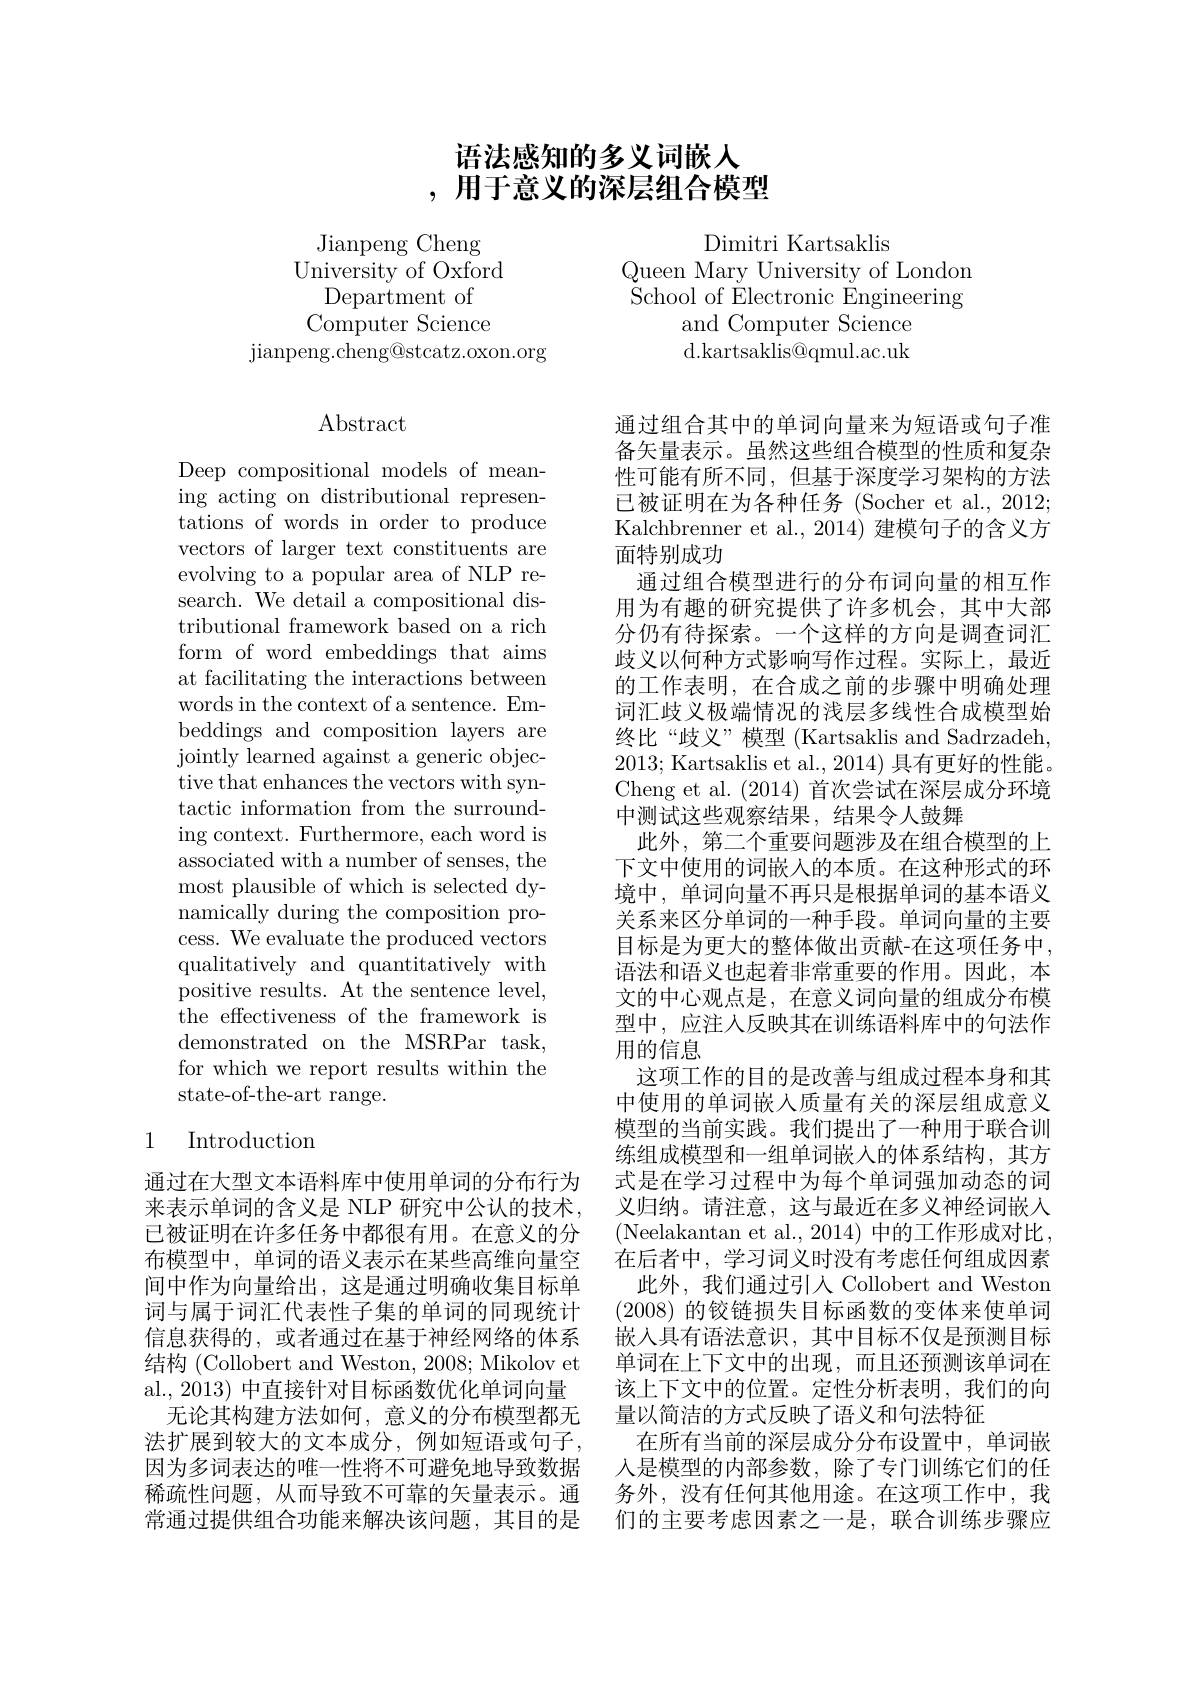
# 语法感知的多义词嵌人,用于意义的深层组合模型

Jianpeng Cheng
University of Oxford
Department of Computer Science
jianpeng. cheng@ stcatz. oxon. org

## $\operatorname{Abstract}$

Deep compositional models of meaning acting on distributional representations of words in order to produce vectors of larger text constituents are evolving to a popular area of NLP research. We detail a compositional distributional framework based on a rich form of word embeddings that aims at facilitating the interactions between words in the context of a sentence. Embeddings and composition layers are jointly learned against a generic objective that enhances the vectors with syntactic information from the surrounding context. Furthermore, each word is associated with a number of senses, the most plausible of which is selected dynamically during the composition process. We evaluate the produced vectors qualitatively and quantitatively with positive results. At the sentence level, the effectiveness of the framework is demonstrated on the MSRPar task, for which we report results within the state-of-the-art range.

## 1 Introduction

通过在大型文本语料库中使用单词的分布行为来表示单词的含义是 NLP 研究中公认的技术， 已被证明在许多任务中都很有用。在意义的分布模型中，单词的语义表示在某些高维向量空间中作为向量给出，这是通过明确收集目标单词与属于词汇代表性子集的单词的同现统计信息获得的，或者通过在基于神经网络的体系结构 (Collobert and Weston, 2008; Mikolov et al., 2013) 中直接针对目标函数优化单词向量
无论其构建方法如何，意义的分布模型都无法扩展到较大的文本成分，例如短语或句子， 因为多词表达的唯一性将不可避免地导致数据稀疏性问题，从而导致不可靠的矢量表示。通常通过提供组合功能来解决该问题，其目的是

Dimitri Kartsaklis

Queen Mary University of London ${\mathrm{~\tilde{S}chool~of~\tilde{E}lectronic~\tilde{E}ngineering}}$
and Computer Science d.kartsaklis@qmul.ac.uk

通过组合其中的单词向量来为短语或句子准备矢量表示。虽然这些组合模型的性质和复杂性可能有所不同，但基于深度学习架构的方法已被证明在为各种任务 (Socher et al., 2012; Kalchbrenner et al., 2014) 建模句子的含义方面特别成功
通过组合模型进行的分布词向量的相互作用为有趣的研究提供了许多机会，其中大部分仍有待探索。一个这样的方向是调查词汇歧义以何种方式影响写作过程。实际上，最近的工作表明，在合成之前的步骤中明确处理词汇歧义极端情况的浅层多线性合成模型始终比“歧义”模型 (Kartsaklis and Sadrzadeh, 2013; Kartsaklis et al., 2014) 具有更好的性能。Cheng et al. (2014)首次尝试在深层成分环境中测试这些观察结果，结果令人鼓舞
此外，第二个重要问题涉及在组合模型的上下文中使用的词嵌入的本质。在这种形式的环境中，单词向量不再只是根据单词的基本语义关系来区分单词的一种手段。单词向量的主要目标是为更大的整体做出贡献-在这项任务中， 语法和语义也起着非常重要的作用。因此，本文的中心观点是，在意义词向量的组成分布模型中，应注人反映其在训练语料库中的句法作用的信息
这项工作的目的是改善与组成过程本身和其中使用的单词嵌入质量有关的深层组成意义模型的当前实践。我们提出了一种用于联合训练组成模型和一组单词嵌入的体系结构，其方式是在学习过程中为每个单词强加动态的词义归纳。请注意，这与最近在多义神经词嵌入(Neelakantan et al.,2014)中的工作形成对比， 在后者中，学习词义时没有考虑任何组成因素此外，我们通过引入 Collobert and Weston (2008)的铰链损失目标函数的变体来使单词嵌入具有语法意识，其中目标不仅是预测目标单词在上下文中的出现，而且还预测该单词在该上下文中的位置。定性分析表明，我们的向量以简洁的方式反映了语义和句法特征
在所有当前的深层成分分布设置中，单词嵌人是模型的内部参数，除了专门训练它们的任务外，没有任何其他用途。在这项工作中，我们的主要考虑因素之一是，联合训练步骤应